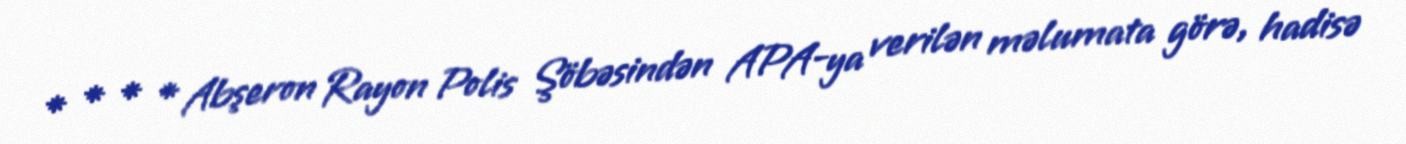
* * * * Abşeron Rayon Polis Şöbəsindən APA-ya verilən məlumata görə, hadisə